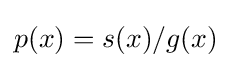
p(x)=s(x)/g(x)